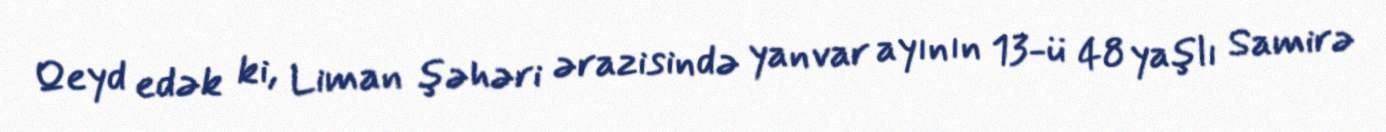
Qeyd edək ki, Liman şəhəri ərazisində yanvar ayının 13-ü 48 yaşlı Samirə